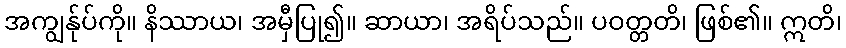
အကျွန်ုပ်ကို။ နိဿာယ၊ အမှီပြု၍။ ဆာယာ၊ အရိပ်သည်။ ပဝတ္တတိ၊ ဖြစ်၏။ ဣတိ၊